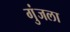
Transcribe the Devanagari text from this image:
गुंजला